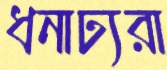
ধনাঢ্যরা